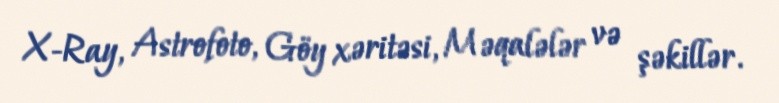
X-Ray, Astrofoto, Göy xəritəsi, Məqalələr və şəkillər.